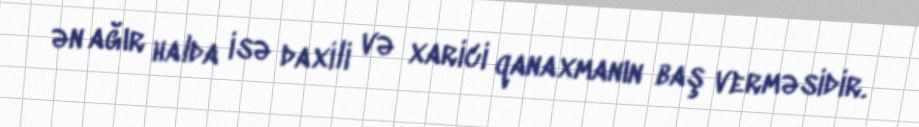
ən ağır halda isə daxili və xarici qanaxmanın baş verməsidir.